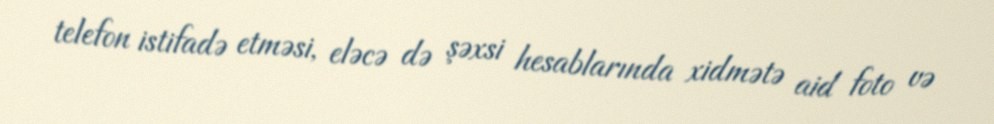
telefon istifadə etməsi, eləcə də şəxsi hesablarında xidmətə aid foto və